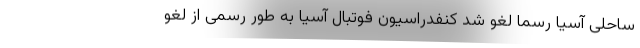
ساحلی آسیا رسما لغو شد کنفدراسیون فوتبال آسیا به طور رسمی از لغو